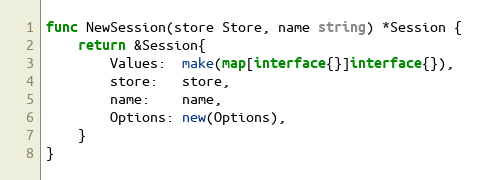
Language: Go
func NewSession(store Store, name string) *Session {
	return &Session{
		Values:  make(map[interface{}]interface{}),
		store:   store,
		name:    name,
		Options: new(Options),
	}
}